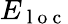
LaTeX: E_{\mathrm{~l~o~c~}}